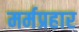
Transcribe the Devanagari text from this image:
मर्मप्रहार